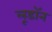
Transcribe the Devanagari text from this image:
लूडॉन